Vaccine operations Central Provinces 1868-1885 - 1868-1885
Year: 1868
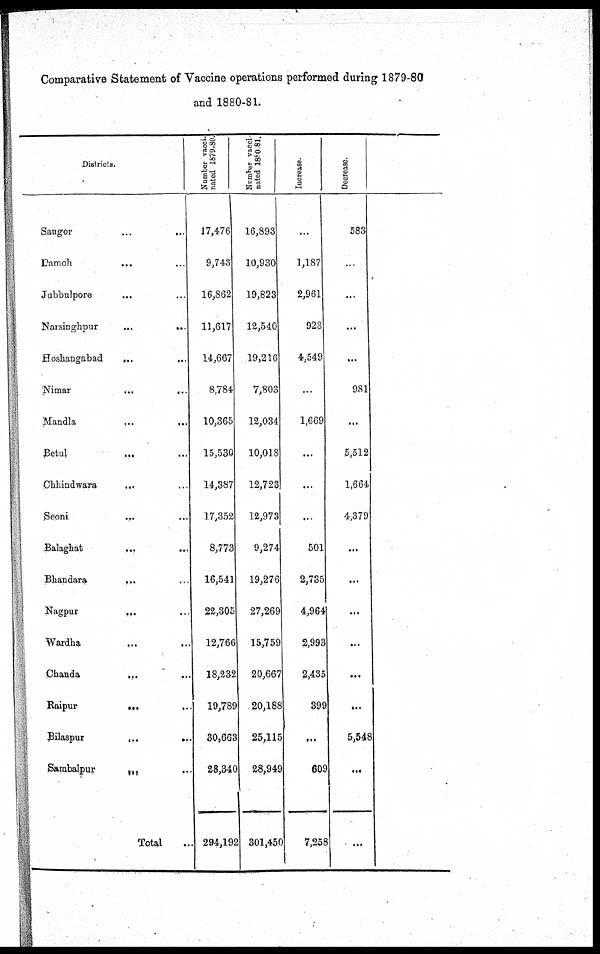
Comparative Statement of Vaccine operations performed during 1879-80
and 1880-81.
Districts.
Saugor ... ...
Damoh
... ...
Jabbulpore ... ...
Narsinghpur
...
...
Hoshangabad
...
...
Nimar
...
...
Mandla
...
...
Betul
... ...
Chhindwara
... ...
Seoni ... ...
Balaghat
...
...
Bhandara
... ...
Nagpur ... ...
Wardha
... ...
Chanda
... ...
Raipur
...
...
Bilaspur
...
...
Sambalpur
... ...
Total ...
Number vacci-
nated 1879-80.
17,476
9,743
16,862
11,617
14,667
8,784
10,365
15,530
14,387
17,352
8,773
16,541
22,305
12,766
18,232
19,789
30,663
28,340
294,192
Number vacci¬
nated 1880-81.
16,893
10,930
19,823
12,540
19,216
7,803
12,034
10,018
12,723
12,973
9,274
19,276
27,269
15,759
20,667
20,188
25,115
28,949
301,450
Increase.
...
1,187
2,961
923
4,549
...
1,669
...
...
...
501
2,735
4,964
2,993
2,435
399
...
609
7,258
Decrease.
583
...
...
...
...
981
...
5,512
1,664
4,379
...
...
...
...
...
...
5,548
...
...